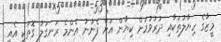
މީޒާގެ ހިޔާލުތަކާއި ދުރުވުމަށް ކިޔާން އަށް ފެނުނު އެންމެ ރަނގަލު ގޮތަކީ އެއީ